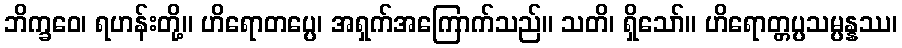
ဘိက္ခဝေ၊ ရဟန်းတို့။ ဟိရောတပ္ပေ၊ အရှက်အကြောက်သည်။ သတိ၊ ရှိသော်။ ဟိရောတ္တပ္ပသမ္ပန္နဿ၊